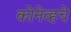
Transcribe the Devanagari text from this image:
कोनेव्हचे